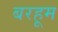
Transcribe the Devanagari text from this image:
बरहूम